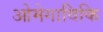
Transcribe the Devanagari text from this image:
ओमेगाविकि